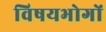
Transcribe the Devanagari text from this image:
विषयभोगों